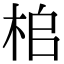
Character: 桘